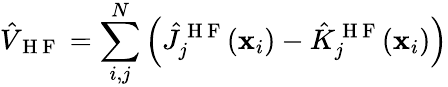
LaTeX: \hat{V}_{\mathrm{~H~F~}}=\sum_{i,j}^{N}\left(\hat{J}_{j}^{\mathrm{~H~F~}}(\mathbf{x}_{i})-\hat{K}_{j}^{\mathrm{~H~F~}}(\mathbf{x}_{i})\right)